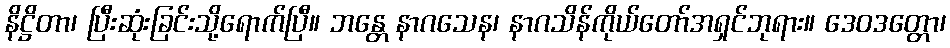
နိဋ္ဌိတာ၊ ပြီးဆုံးခြင်းသို့ရောက်ပြီ။ ဘန္တေ နာဂသေန၊ နာဂသိန်ကိုယ်တော်အရှင်ဘုရား။ ဒေဝဒတ္တော၊